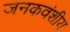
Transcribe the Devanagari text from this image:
जनकवंशीय